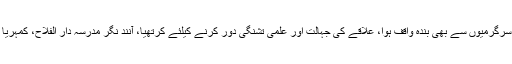
اسی طرح حافظ جی رح کی تبلیغی سرگرمیوں سے بھی بندہ واقف ہوا، علاقے کی جہالت اور علمی تشنگی دور کرنے کیلئے کُرتھیا، آنند نگر مدرسہ دار الفلاح، کمہریا وغیرہ میں تدریسی خدمت انجام دیا۔